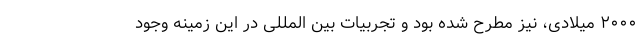
۲۰۰۰ میلادی، نیز مطرح شده بود و تجربیات بین المللی در این زمینه وجود